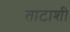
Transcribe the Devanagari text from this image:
ताटाशी